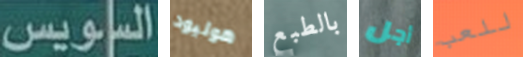
السويس هوليود بالطبع أجل للعب